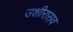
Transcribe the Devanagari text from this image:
उशीरासव